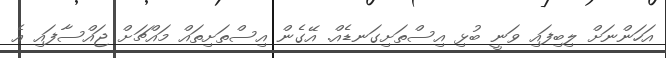
އަހަންނަށް ލިބިފައި ވަނީ ބުޅި އިސްތަށިގަނޑެއް. އޭގެން އިސްތަށިތައް މައްޗަށް ޖައްސާފައި އެ